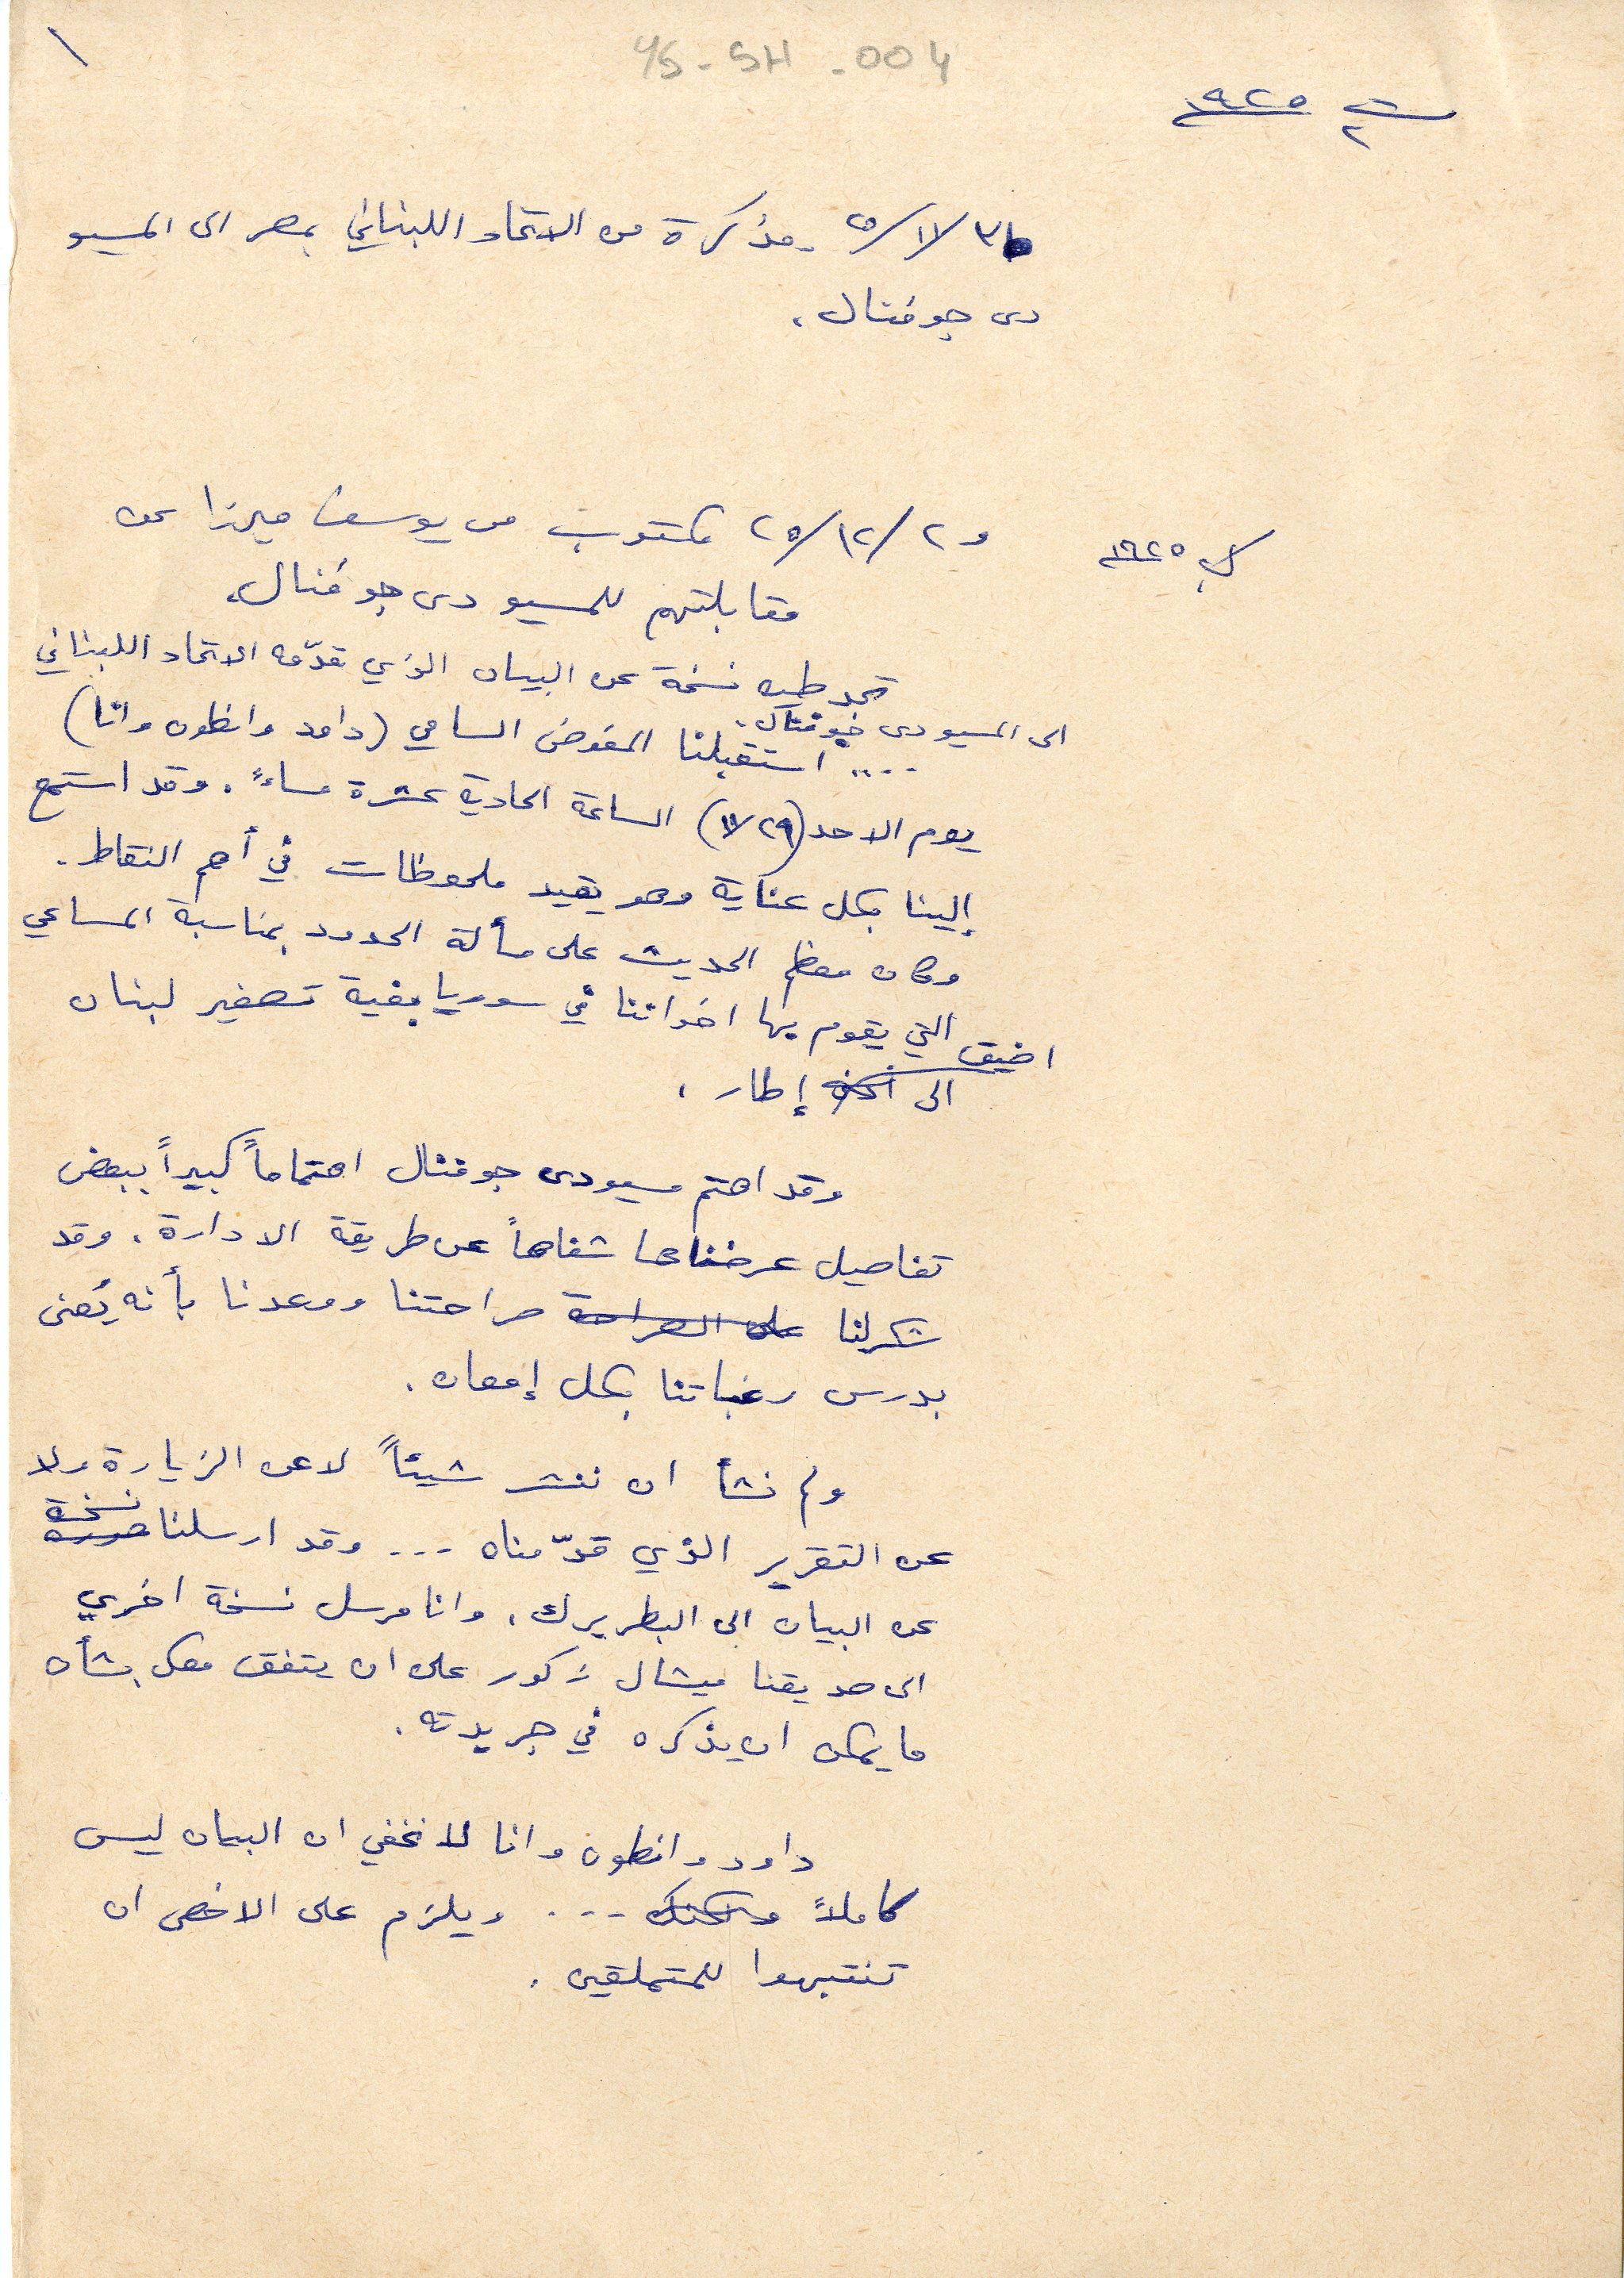
ت٢ ١٩٢٥
YS-5H-004
٣١ / ١١/ ٢٥ مذكرة من الاتحاد اللبناني بمصر الى المسيو
دى جوفنال.
ك١ ١٩٢٥ و٢ /١٢/ ٢٥ مكتوب من يوسف ميرزا عن
مقابلتهم للمسيو دى جوفنال.
تجد طيه نسخة عن البيان الذي قدمه الاتحاد اللبناني
الى المسيو دى جوفنال
.... استقبلنا المفوض السامي (داود وانطون وانا)
يوم الاحد (٢٩/ ١١) الساعة الحادية عشرة مساءً. وقد استمع
الينا بكل عناية وهو يقيد ملحوظات في اهم النقاط.
وكان معظم الحديث على مسألة الحدود بمناسبة المساعي
التي يقوم بها اخواننا في سوريا بغية تصغير لبنان
الى اضيق إطار
وقد اهتم مسيو دى جوفنال اهتماماً كبيراً ببعض
تفاصيل عرضناها شفاهاً عن طريق الادارة . وقد
شكر لنا صراحتنا ووعدنا بأنه يُعنى
بدرس رغباتنا بكل إمعان.
ولم نشأ ان ننشر شيئاً لا عن الزيارة ولا
عن التقرير الذي قدمناه... وقد ارسلنا نسخة
عن البيان الى البطريرك. وانا مرسل نسخة اخرى
الى صديقنا ميشال زكور على ان يتفق معك بشأن
ما يمكن ان يذكره في جريدته.
داود وانطون وانا لا نخفي ان البيان ليس
كاملاً ... ويلزم على الاخص ان
تنتبهوا للمتملقين.